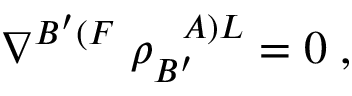
\nabla ^ { B ^ { \prime } ( F } \; \rho _ { B ^ { \prime } } ^ { \; \; \; A ) L } = 0 \; ,